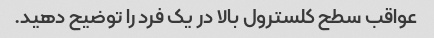
عواقب سطح کلسترول بالا در یک فرد را توضیح دهید.